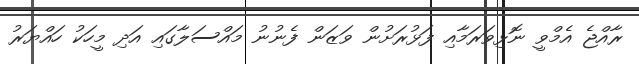
ރާއްޖެ އެމްވީ ނޮޅިވަރަމާއި ފަޅުރަށުން ވަޒަން ފެނުނު މައްސަލާގައި އަދި މީހަކު ހައްޔަރު